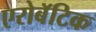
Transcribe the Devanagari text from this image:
एरोबॅटिक